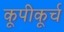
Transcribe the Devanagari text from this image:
कूपीकूर्च